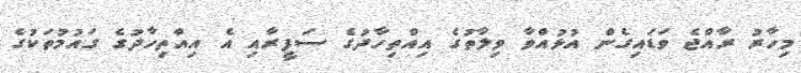
މިހާރު ރާއްޖެ ވަޑައިގެން އުޅުއްވާ ވިލާތުގެ އިއްތިހާދުގެ ސަފީރާއި އެ އިއްތިހާދުގެ ގައުމުތަކުގެ